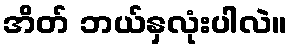
အိတ် ဘယ်နှလုံးပါလဲ။